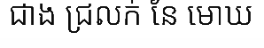
ជាង ជ្រលក់ នែ មោឃ